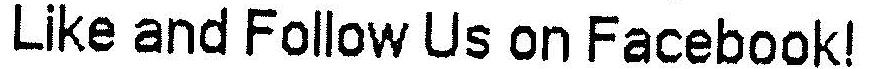
LIKE AND FOLLOW US ON FACEBOOK!